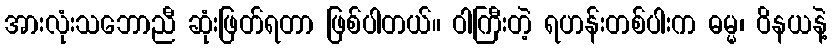
အားလုံးသဘောညီ ဆုံးဖြတ်ရတာ ဖြစ်ပါတယ်။ ဝါကြီးတဲ့ ရဟန်းတစ်ပါးက ဓမ္မ၊ ဝိနယနဲ့